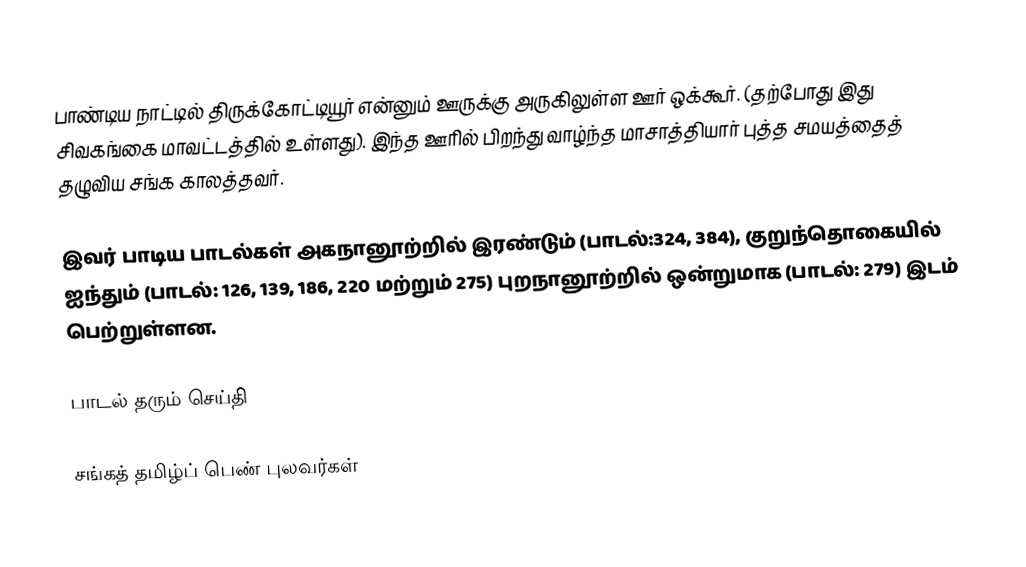
பாண்டிய நாட்டில் திருக்கோட்டியூர் என்னும் ஊருக்கு அருகிலுள்ள ஊர் ஒக்கூர். (தற்போது இது சிவகங்கை மாவட்டத்தில் உள்ளது). இந்த ஊரில் பிறந்து வாழ்ந்த மாசாத்தியார் புத்த சமயத்தைத் தழுவிய சங்க காலத்தவர்.

இவர் பாடிய பாடல்கள் அகநானூற்றில் இரண்டும் (பாடல்:324, 384), குறுந்தொகையில்  ஐந்தும் (பாடல்: 126, 139, 186, 220 மற்றும் 275) புறநானூற்றில் ஒன்றுமாக (பாடல்: 279) இடம் பெற்றுள்ளன.

பாடல் தரும் செய்தி

 சங்கத் தமிழ்ப் பெண் புலவர்கள்